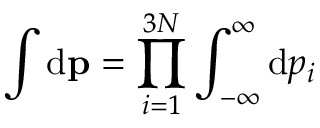
\int \ensuremath { \mathrm { d } } \ensuremath { \mathbf { p } } = \prod _ { i = 1 } ^ { 3 N } \int _ { - \infty } ^ { \infty } \ensuremath { \mathrm { d } } p _ { i }